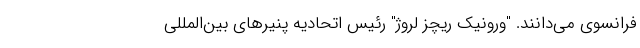
فرانسوی می‌دانند. "ورونیک ریچز لروژ" رئیس اتحادیه پنیرهای بین‌المللی